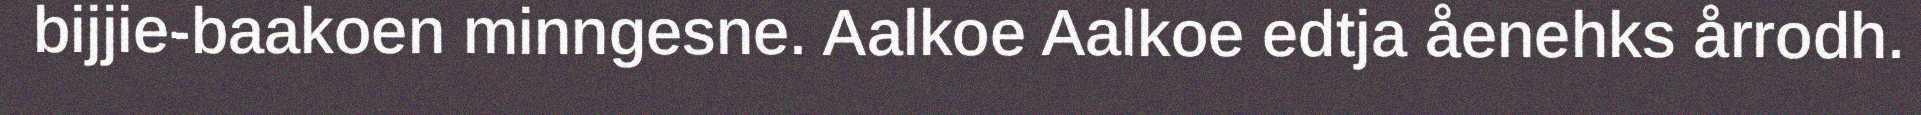
bijjie-baakoen minngesne. Aalkoe Aalkoe edtja åenehks årrodh.